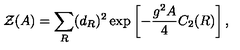
{ \cal Z } ( A ) = \sum _ { R } ( d _ { R } ) ^ { 2 } \exp \left[ - { \frac { g ^ { 2 } A } { 4 } } C _ { 2 } ( R ) \right] ,